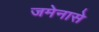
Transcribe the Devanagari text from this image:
जमेनासे